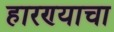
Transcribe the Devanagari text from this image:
हारण्याचा